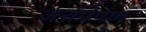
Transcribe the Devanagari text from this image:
अर्थप्रेषण